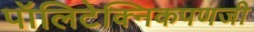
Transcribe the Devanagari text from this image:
पॉलिटेक्निकपणजी